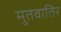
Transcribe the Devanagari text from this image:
मुतवातिर